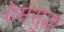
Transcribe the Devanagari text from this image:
गेमसुद्धा